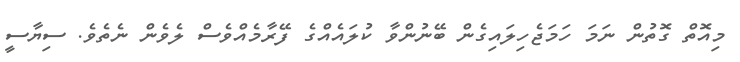
މިއޮތް ގޮތުން ނަމަ ހަމަޖެހިލައިގެން ބޭނުންވާ ކުލައެއްގެ ފޭރާމެއްވެސް ލެވެން ނެތެވެ. ސިޔާސީ